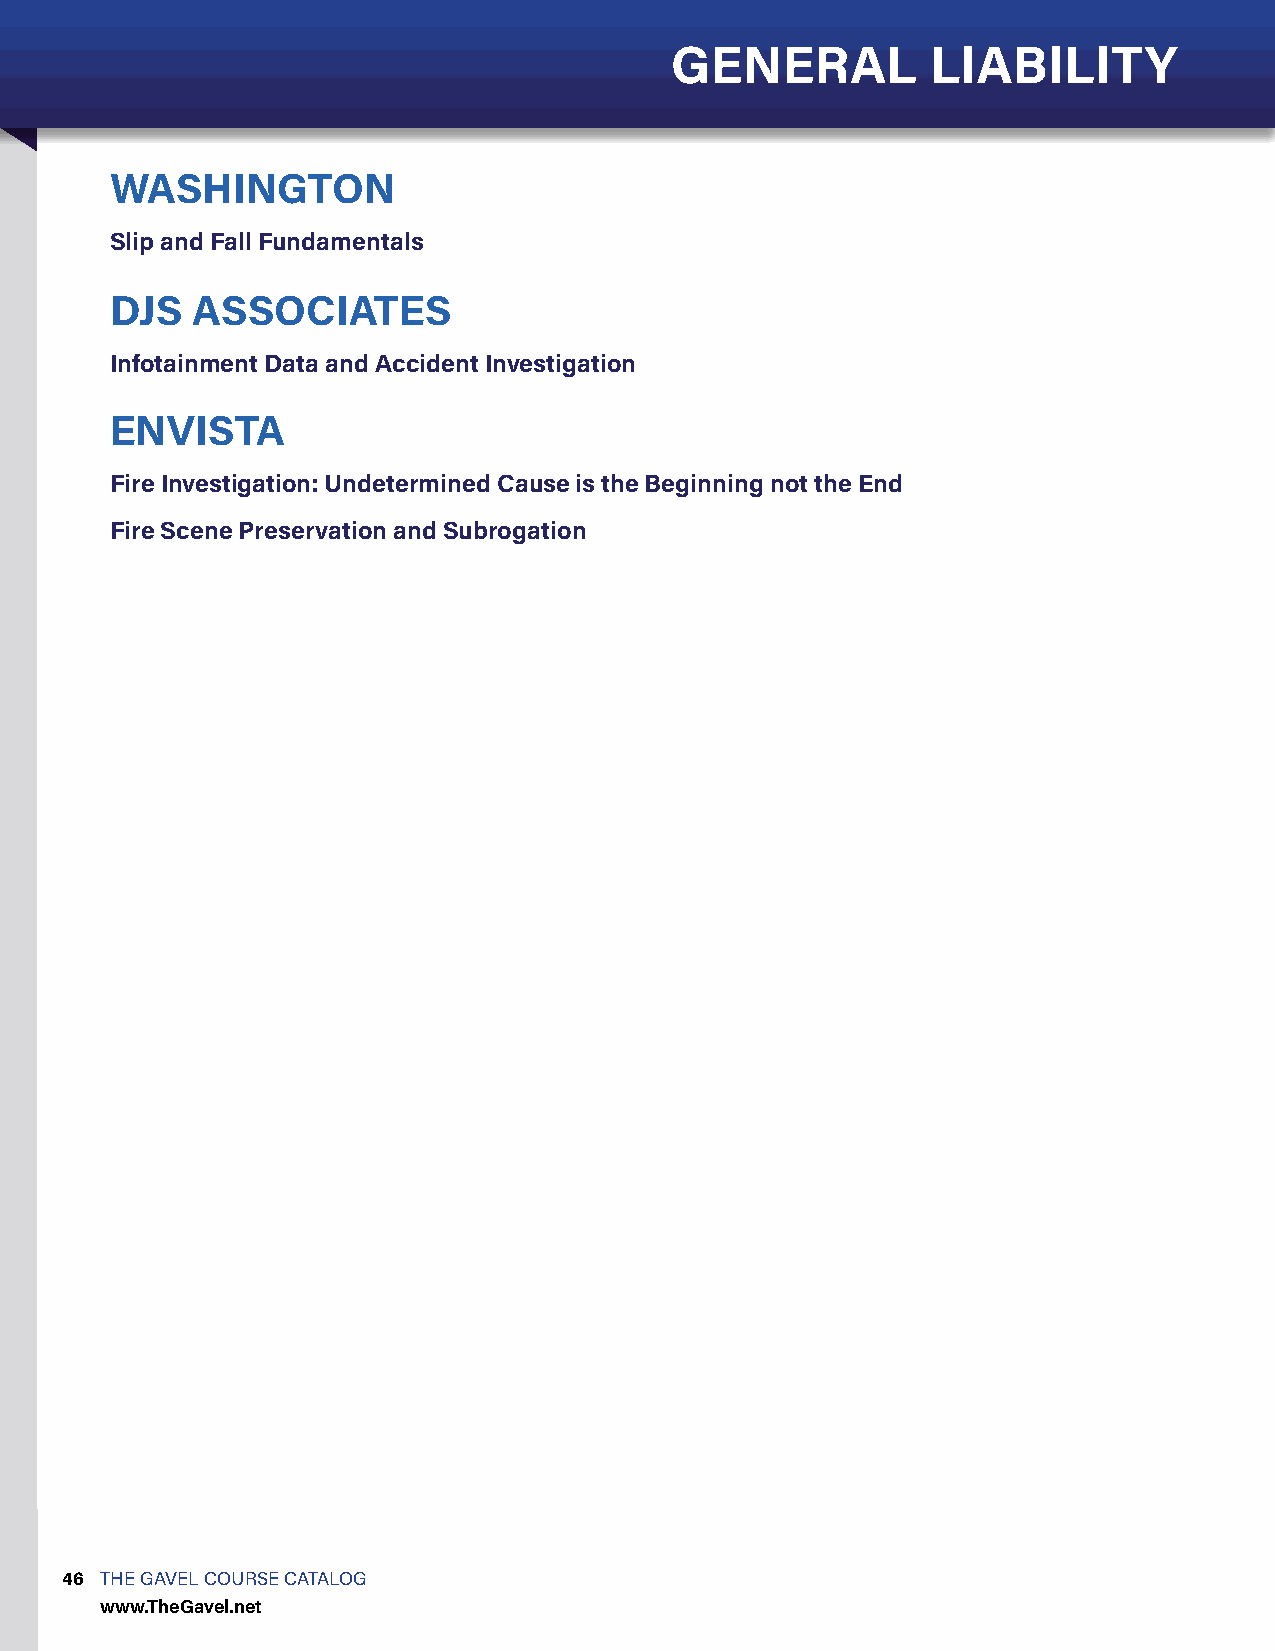
GENERAL           LIABILITY
 WASHINGTON
 Slip and Fall Fundamentals
 DJS   ASSOCIATES
 Infotainment Data and Accident Investigation
 ENVISTA
 Fire Investigation: Undetermined Cause is the Beginning not the End
 Fire Scene Preservation and Subrogation
 46 THE GAVEL COURSE CATALOG
 www.TheGavel.net